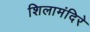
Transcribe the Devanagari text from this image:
शिलामंदिरे